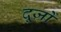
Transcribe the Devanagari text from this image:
दूज़ों